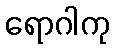
ရောဂါကု